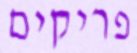
פריקים